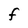
Character: F